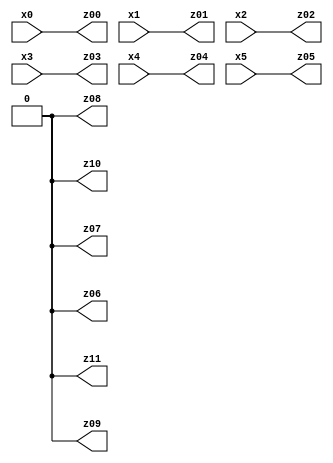
// Benchmark "X_2" written by ABC on Fri May 26 04:00:45 2023

module X_2 ( 
    x0, x1, x2, x3, x4, x5,
    z00, z01, z02, z03, z04, z05, z06, z07, z08, z09, z10, z11  );
  input  x0, x1, x2, x3, x4, x5;
  output z00, z01, z02, z03, z04, z05, z06, z07, z08, z09, z10, z11;
  assign z00 = x0;
  assign z01 = x1;
  assign z02 = x2;
  assign z03 = x3;
  assign z04 = x4;
  assign z05 = x5;
  assign z06 = 1'b0;
  assign z07 = 1'b0;
  assign z08 = 1'b0;
  assign z09 = 1'b0;
  assign z10 = 1'b0;
  assign z11 = 1'b0;
endmodule